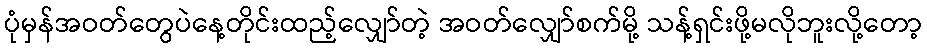
ပုံမှန်အဝတ်တွေပဲနေ့တိုင်းထည့်လျှော်တဲ့ အဝတ်လျှော်စက်မို့ သန့်ရှင်းဖို့မလိုဘူးလို့တော့